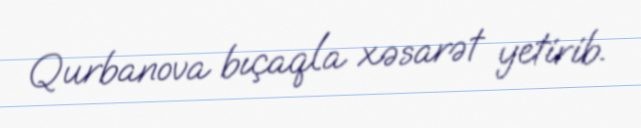
Qurbanova bıçaqla xəsarət yetirib.